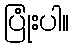
ပြုံးပါ။